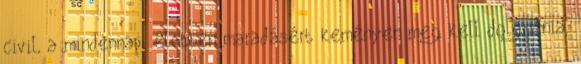
civil, a mindennapi életben maradásért keményen meg kell dolgoznia,